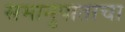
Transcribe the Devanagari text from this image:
समानुपाताचा